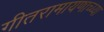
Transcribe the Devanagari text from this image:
गीतरामायणाच्य्या